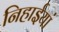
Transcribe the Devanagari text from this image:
निहाईयां